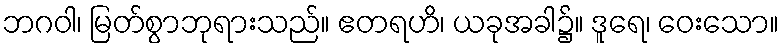
ဘဂဝါ၊ မြတ်စွာဘုရားသည်။ ဧတရဟိ၊ ယခုအခါ၌။ ဒူရေ၊ ဝေးသော။